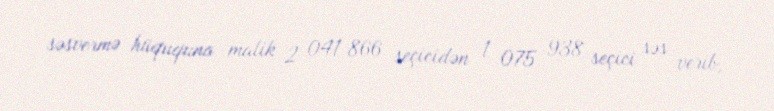
səsvermə hüququna malik 2 041 866 seçicidən 1 075 938 seçici səs verib,